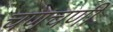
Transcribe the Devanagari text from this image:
चणचणी